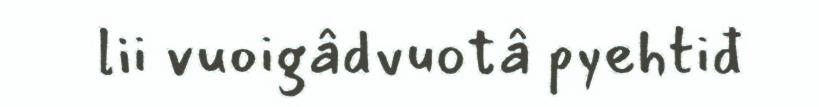
lii vuoigâdvuotâ pyehtiđ